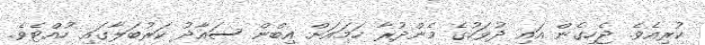
ކުރިއެވެ. ޖެހިގެން އައި ދުވަހުގެ މެންދުރާ ހަމައަށް އިބްން ސައާދު ކަރުބަލާގައި ހުއްޓެވެ.